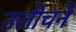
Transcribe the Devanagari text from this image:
उलीचने